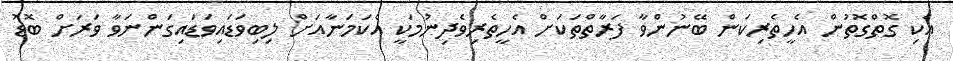
އެކި ގޮތްގޮތުން އެހީތެރިކަން ބޭނުންވާ ފަރާތްތަކަށް އެހީތެރިވެދިނުމަކީ އެކަމަނާއަށް ލިބިވަޑައިވަޑައިގަންނަވާ ވަރަށް ބޮޑު